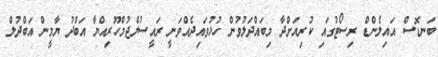
ބަނޑޮސް އައިލެންޑް ރިސޯޓުގައި ކުރިއަށްދާ މިބައްދަލުވުން ހުޅުވައިދެއްވަނީ ރައީސުލްޖުމްހޫރިއްޔާ އަބްދު ޔާމީން އަބްދުލް